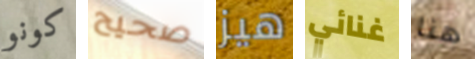
كونو صحيح هيز غنائي هنا